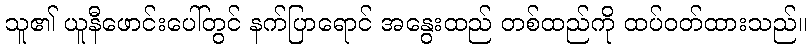
သူ၏ ယူနီဖောင်းပေါ်တွင် နက်ပြာရောင် အနွေးထည် တစ်ထည်ကို ထပ်ဝတ်ထားသည်။